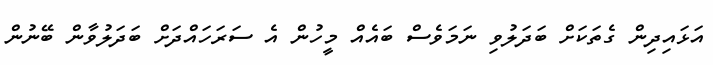
އަޅައިދިން ގެތަކަށް ބަދަލުވި ނަމަވެސް ބައެއް މީހުން އެ ސަރަހައްދަށް ބަދަލުވާން ބޭނުން